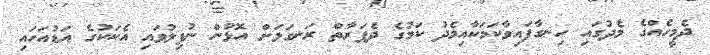
ދެމީހެއްގެ މެދުގައި ހިނގާފައިވާކަމަކާއިމެދު ކަމުގެ ދެފަރާތް ރަނގަޅަށް އޮޅުން ނުފިލުވައި އެކަކުގެ އަޑުއަހައި